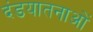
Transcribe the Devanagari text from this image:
दंडयातनाओं